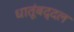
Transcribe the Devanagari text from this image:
धातूंबद्दल